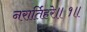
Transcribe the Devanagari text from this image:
नरार्तिहरे॥१॥